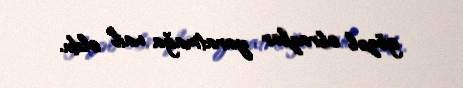
gözəl obrazlar yaratmağa nail oldu.